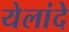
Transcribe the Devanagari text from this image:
येलांदे